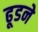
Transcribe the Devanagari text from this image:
ढूडने